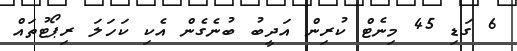
6 ގަޑި 45 މިނެޓް ކުރިން އަދީބު ބުނެގެން އެކި ކަހަލަ ރިޕޯޓުތައް